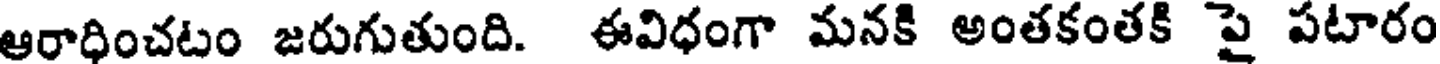
ఆరాధించటం జరుగుతుంది. ఈవిధంగా మనకి అంతకంతకి పై పటారం